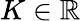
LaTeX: K\in\mathbb{R}